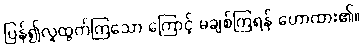
ပြန်၍လူထွက်ကြသော ကြောင့် မချစ်ကြရန် ဟောထား၏။